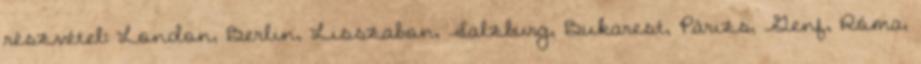
részvétel: London, Berlin, Lisszabon, Salzburg, Bukarest, Párizs, Genf, Róma,